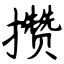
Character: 攒